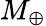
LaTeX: M_{\oplus}